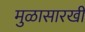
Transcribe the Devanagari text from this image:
मुळासारखी